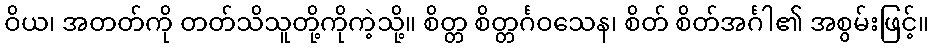
ဝိယ၊ အတတ်ကို တတ်သိသူတို့ကိုကဲ့သို့။ စိတ္တ စိတ္တင်္ဂဝသေန၊ စိတ် စိတ်အင်္ဂါ၏ အစွမ်းဖြင့်။